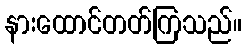
နားထောင်တတ်ကြသည်။